Indian journal of veterinary science and animal husbandry - Volume 1,
Year: 1931
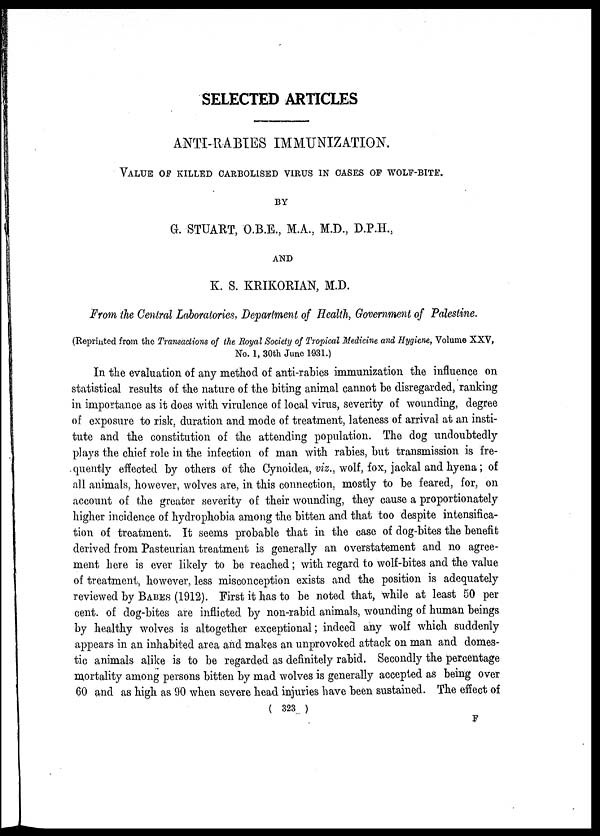
SELECTED ARTICLES
ANTI-RABIES IMMUNIZATION.
VALUE OF KILLED CARBOLISED VIRUS IN CASES OF WOLF-BITE.
BY
G. STUART, O.B.E., M.A., M.D., D.P.H.,
AND
K. S. KRIKORIAN, M.D.
From the Central Laboratories, Department of Health, Government of Palestine.
(Reprinted from the Transactions of the Royal Society of Tropical Medicine and Hygiene, Volume XXV,
No. 1, 30th June 1931.)
In the evaluation of any method of anti-rabies immunization the influence on
statistical results of the nature of the biting animal cannot be disregarded, ranking
in importance as it does with virulence of local virus, severity of wounding, degree
of exposure to risk, duration and mode of treatment, lateness of arrival at an insti-
tute and the constitution of the attending population. The dog undoubtedly
plays the chief role in the infection of man with rabies, but transmission is fre-
quently effected by others of the Cynoidea, viz., wolf, fox, jackal and hyena; of
all animals, however, wolves are, in this connection, mostly to be feared, for, on
account of the greater severity of their wounding, they cause a proportionately
higher incidence of hydrophobia among the bitten and that too despite intensifica-
tion of treatment. It seems probable that in the case of dog-bites the benefit
derived from Pasteurian treatment is generally an overstatement and no agree-
ment here is ever likely to be reached ; with regard to wolf-bites and the value
of treatment, however, less misconception exists and the position is adequately
reviewed by BABES (1912). First it has to be noted that, while at least 50 per
cent. of dog-bites are inflicted by non-rabid animals, wounding of human beings
by healthy wolves is altogether exceptional; indeed any wolf which suddenly
appears in an inhabited area and makes an unprovoked attack on man and domes-
tic animals alike is to be regarded as definitely rabid. Secondly the percentage
mortality among persons bitten by mad wolves is generally accepted as being over
60 and as high as 90 when severe head injuries have been sustained. The effect of
( 323 )
F